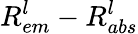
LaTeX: R_{em}^{l}-R_{abs}^{l}